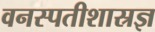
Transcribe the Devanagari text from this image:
वनस्पतीशास्रज्ञ